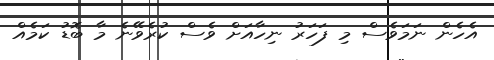
އެހެން ނަމަވެސް މި ފަހަރު ނިހާއަށް ވެސް ކުރެވޭނެ މާ ބޮޑު ކަމެއް